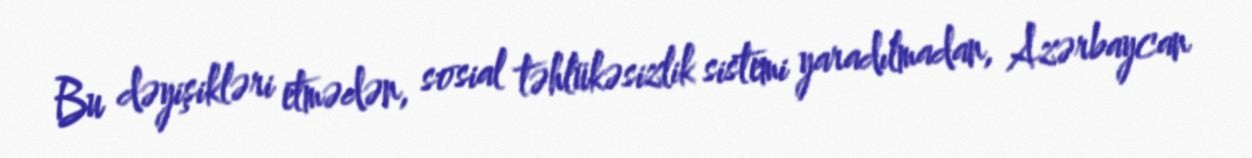
Bu dəyişikləri etmədən, sosial təhlükəsizlik sistemi yaradılmadan, Azərbaycan